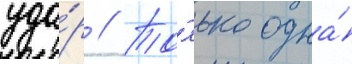
уда́р // То́лько одна́